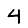
Digit: 4